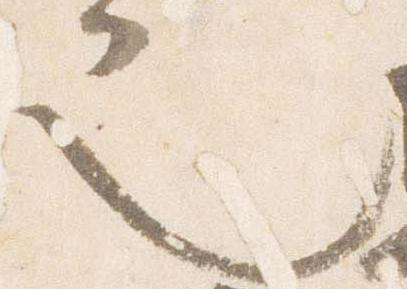
也